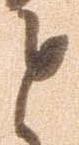
と